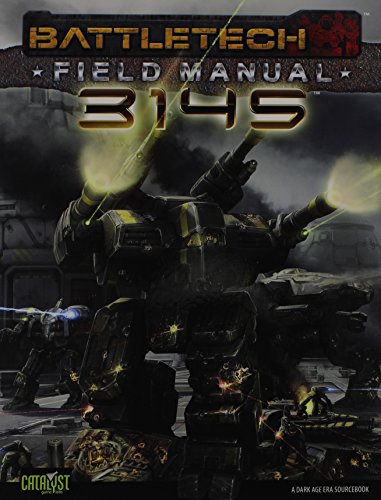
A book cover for Battletech Field Manual 3145; Science Fiction & Fantasy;